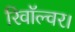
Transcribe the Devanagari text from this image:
रिवॉल्वर।